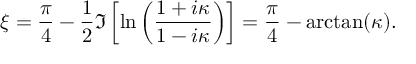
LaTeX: \xi = { \frac { \pi } { 4 } } - { \frac { 1 } { 2 } } \Im \left[ \ln \left( { \frac { 1 + i \kappa } { 1 - i \kappa } } \right) \right] = { \frac { \pi } { 4 } } - \arctan ( \kappa ) .